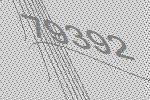
79392